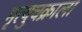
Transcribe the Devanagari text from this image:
मृत्युचक्राला